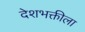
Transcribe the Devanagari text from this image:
देशभक्तीला